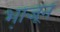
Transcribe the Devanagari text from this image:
भा़जून